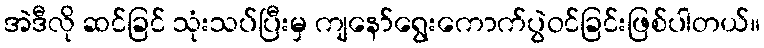
အဲဒီလို ဆင်ခြင် သုံးသပ်ပြီးမှ ကျနော်ရွေးကောက်ပွဲဝင်ခြင်းဖြစ်ပါတယ်။